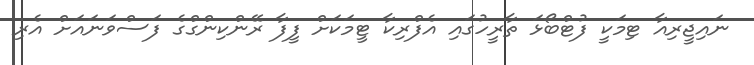
ނައިޖީރިއާ ޓިމަކީ ފުޓްބޯޅަ ތާރީހުގައި އެފްރިކާ ޓީމަކަށް ފީފާ ރޭންކިންގްގެ ފަސްވަނައަށް އެރި